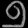
Digit: ၅